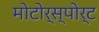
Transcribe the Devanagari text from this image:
मोटोर्स्पोर्ट